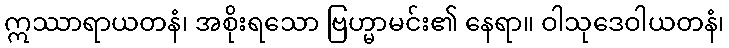
ဣဿာရာယတနံ၊ အစိုးရသော ဗြဟ္မာမင်း၏ နေရာ။ ဝါသုဒေဝါယတနံ၊